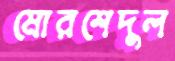
মোরশেদুল